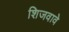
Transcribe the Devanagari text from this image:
शिजवावे